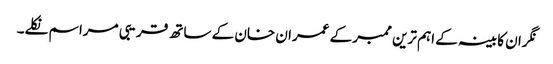
نگران کابینہ کے اہم ترین ممبر کے عمران خان کے ساتھ قریبی مراسم نکلے۔